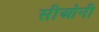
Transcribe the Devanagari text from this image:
सीओनी